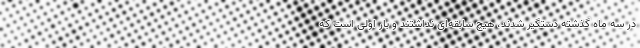
در سه ماه گذشته دستگیر شدند، هیچ سابقه‌ای نداشتند و بار اولی است که